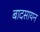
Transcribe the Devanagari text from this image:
बादसायन